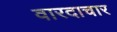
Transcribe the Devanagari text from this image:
वारदाचार